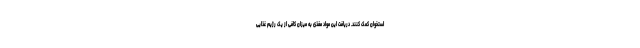
استخوان کمک کنند. دریافت این مواد مغذی به میزان کافی از یک رژیم غذایی